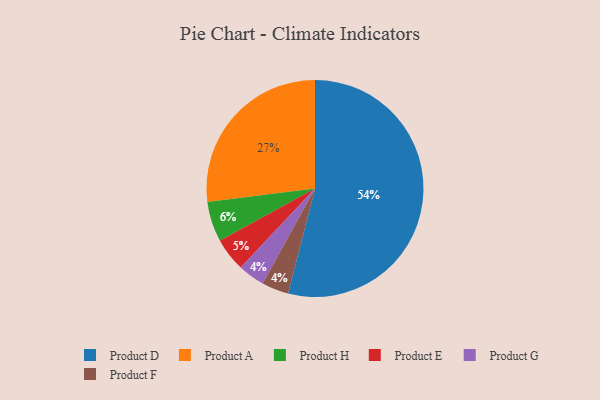
{"axis": {"x": "Category", "y": "Percentage"}, "legend": ["Product A", "Product D", "Product E", "Product F", "Product G", "Product H"], "data": [{"x": "Product G", "y": 4, "type": "Product G"}, {"x": "Product F", "y": 4, "type": "Product F"}, {"x": "Product D", "y": 54, "type": "Product D"}, {"x": "Product H", "y": 6, "type": "Product H"}, {"x": "Product E", "y": 5, "type": "Product E"}, {"x": "Product A", "y": 27, "type": "Product A"}]}